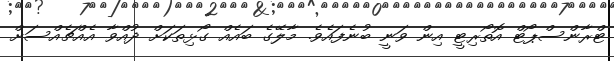
ޓްރާންސްޕޯޓް އޮތޯރިޓީ އިން ވަނީ ބުނެފައެވެ. މާލޭގެ ބައެއް ގޯޅިތަކަށް ދުއްވާ އެއްޗެއްސަށް